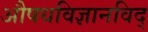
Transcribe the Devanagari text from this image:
अाैषधविज्ञानविद्